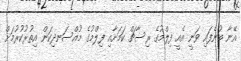
އޭނާ ބުނެފައި ވަނީ އެއީ ފިލްމުގެ ރިސާޗް ކަމަށާއި ފިލްމުގެ މުއްސަނދިކަން އިތުރުކުރުމަށް